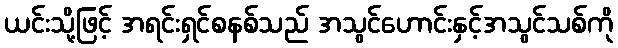
ယင်းသို့ဖြင့် အရင်းရှင်စနစ်သည် အသွင်ဟောင်းနှင့်အသွင်သစ်ကို